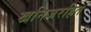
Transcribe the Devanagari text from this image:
खनिजरहित